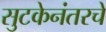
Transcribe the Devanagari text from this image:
सुटकेनंतरचे